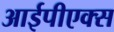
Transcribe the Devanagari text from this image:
आईपीएक्स